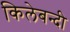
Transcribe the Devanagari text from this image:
किलेबन्‍दी